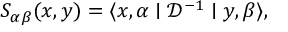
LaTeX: S _ { \alpha \beta } ( x , y ) = \langle x , \alpha \mid { \mathcal D } ^ { - 1 } \mid y , \beta \rangle ,